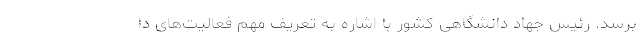
برسد. رئیس جهاد دانشگاهی کشور با اشاره به تعریف مهم فعالیت‌های دا